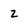
Character: 2